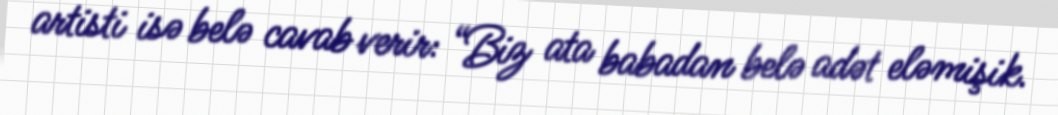
artisti isə belə cavab verir: “Biz ata babadan belə adət eləmişik.